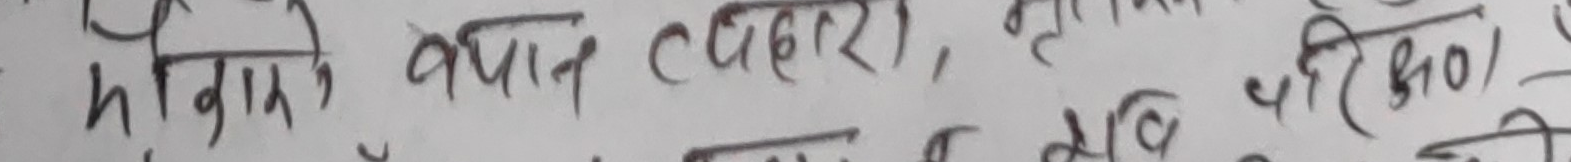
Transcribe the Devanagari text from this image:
हिमौरौं अर्थात् त्वचोरा (सूखे) रूखो त्वचिय परीक्षण